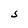
Character: S